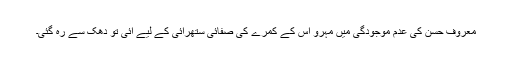
معروف حسن کی عدم موجودگی میں مہرو اس کے کمرے کی صفائی ستھرائی کے لیے آئی تو دھک سے رہ گئی۔